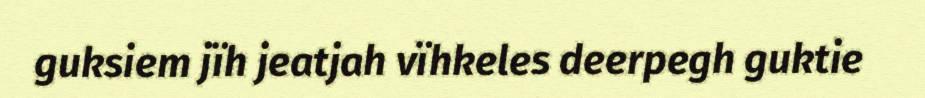
guksiem jïh jeatjah vïhkeles deerpegh guktie